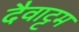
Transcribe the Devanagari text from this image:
दैवाट्टम